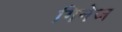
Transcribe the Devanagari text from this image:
गिनेज